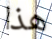
هذا